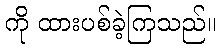
ကို ထားပစ်ခဲ့ကြသည်။